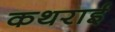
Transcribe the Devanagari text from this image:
कथराई